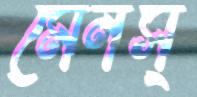
মেনস্